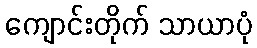
ကျောင်းတိုက် သာယာပုံ